Civil Veterinary Department Bengal reports 1933-51 - 1933-1951
Year: 1933
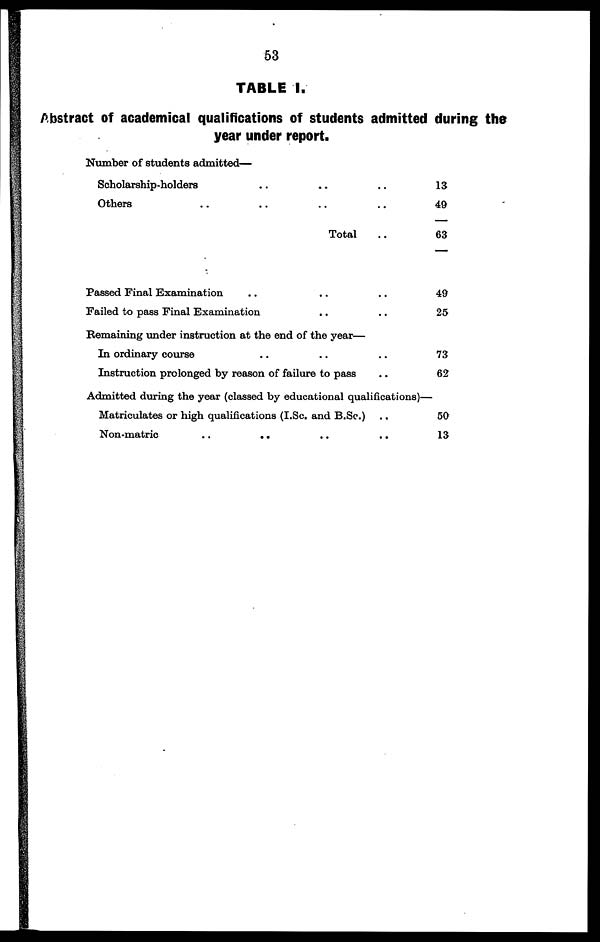
53
TABLE I.
Abstract of academical qualifications of students admitted during the
year under report.
Number of students admitted—
Scholarship-holders .. .. ..
Others .. .. .. ..
Total ..
Passed Final Examination .. .. ..
Failed to pass Final Examination .. ..
Remaining under instruction at the end of the year—
In ordinary course .. .. ..
Instruction prolonged by reason of failure to pass ..
13
49
63
49
25
73
62
Admitted during the year (classed by educational qualifications)—
Matriculates or high qualifications (I.Sc. and B.Sc.) ..
Non-matric .. .. .. ..
50
13